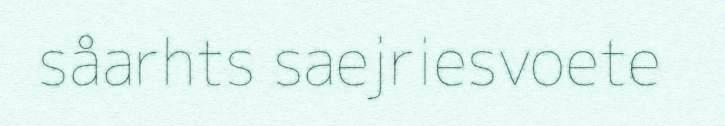
såarhts saejriesvoete